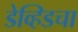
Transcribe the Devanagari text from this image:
डेव्हिडचा